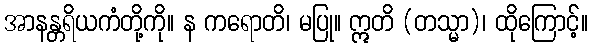
အာနန္တရိယကံတို့ကို။ န ကရောတိ၊ မပြု။ ဣတိ (တသ္မာ)၊ ထိုကြောင့်။